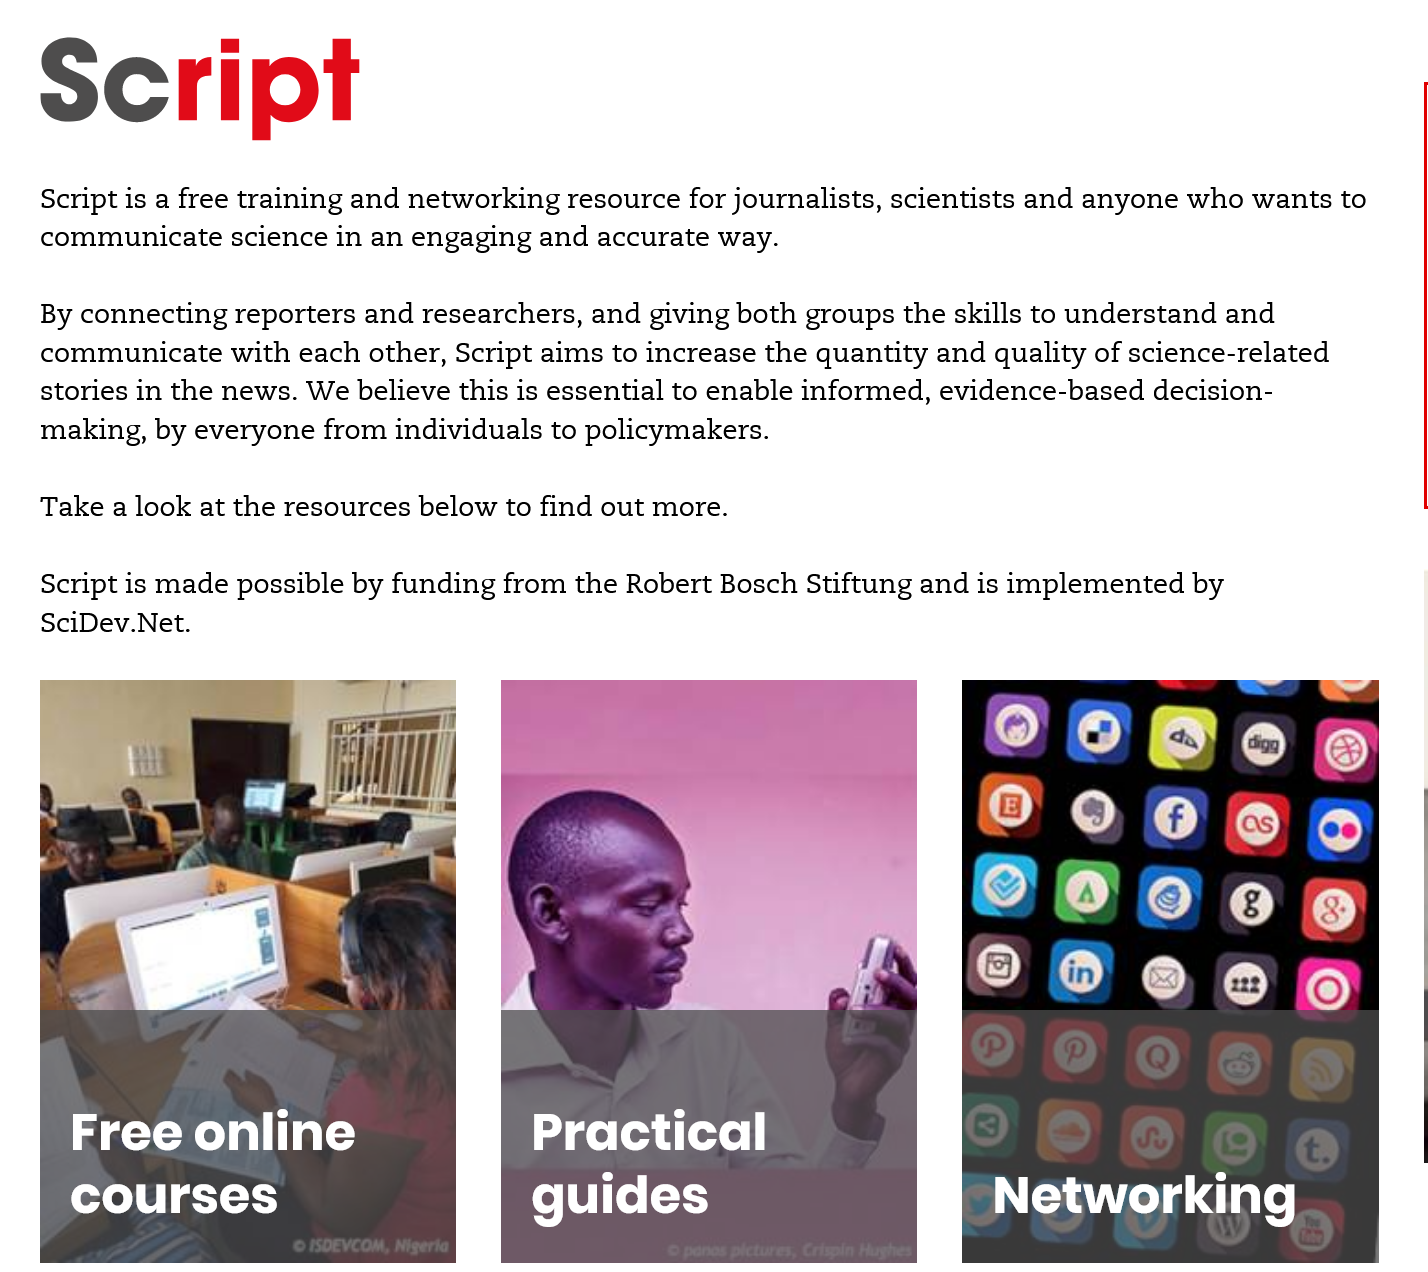
Sc
   Script is a free training and networking resource for journalists, scientists and anyone who wants to
   communicate  science in an engaging and accurate way.
   By connecting reporters and researchers, and giving both groups the skills to understand and
   communicate  with each other, Script aims to increase the quantity and quality of science-related
   stories in the news. We believe this is essential to enable informed, evidence-based decision-
   making, by everyone from individuals to policymakers.
   Take a look at the resources below to find out more.
   Script is made possible by funding from the Robert Bosch Stiftung and is implemented by
   SciDev.Net.
     Free    online
     courses
     Practical
     guides    Networking